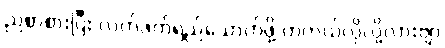
ညစာစားပြီး လက်ဖက်ရည်သောက်ဖို့ တကယ်လိုလို့လားဗျာ